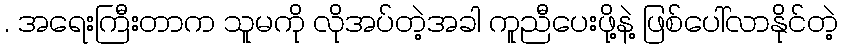
. အရေးကြီးတာက သူမကို လိုအပ်တဲ့အခါ ကူညီပေးဖို့နဲ့ ဖြစ်ပေါ်လာနိုင်တဲ့